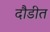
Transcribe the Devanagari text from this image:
दौडीत